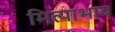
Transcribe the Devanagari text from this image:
मित्याभाव